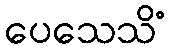
ပေသေသိံ